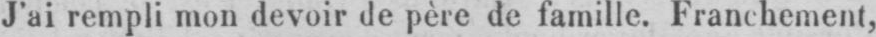
J’ai rempli mon devoir de père de famille. Franchement,